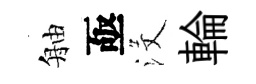
舳亟沒輪